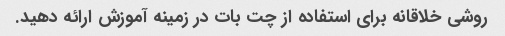
روشی خلاقانه برای استفاده از چت بات در زمینه آموزش ارائه دهید.